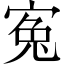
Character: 寃